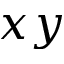
x y